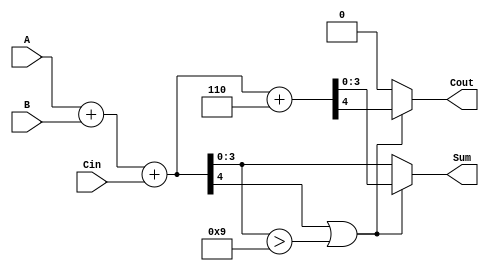
module BCD_Parallel_Adder (
    input  wire [3:0] A,     // First BCD digit
    input  wire [3:0] B,     // Second BCD digit
    input  wire Cin,         // Carry-in
    output reg  [3:0] Sum,   // Resulting BCD digit
    output reg  Cout         // Carry-out
);

    wire [4:0] S;            // 5-bit sum to accommodate carry
    wire correction_needed;   // Flag for correction

    // Step 1: Add A, B and Cin
    assign S = A + B + Cin;

    // Step 2: Check if correction is needed
    assign correction_needed = S[4] | (S[3:0] > 4'b1001); // S > 9

    // Step 3: Compute final BCD result
    always @(*) begin
        if (correction_needed) begin
            {Cout, Sum} = S + 4'b0110; // Add 6 to correct
        end else begin
            Cout = 1'b0;              // No carry-out
            Sum = S[3:0];             // Valid BCD result
        end
    end

endmodule